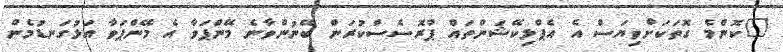
"ކޮންމެ ގޮތަކަށްވިޔަސް އެ އެޕްލިކޭޝަންތައް ޕްރޮސެސްކުރަން ބޭނުންވާނެ މޭންޕަވާ އެ މޭންޕަވާ އަޅުގަނޑުމެން